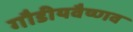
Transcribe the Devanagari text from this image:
गौडीयवैष्णव